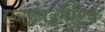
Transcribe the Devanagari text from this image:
एनज़ाइमैटिक